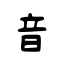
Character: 音